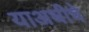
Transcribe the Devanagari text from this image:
याअधीचे